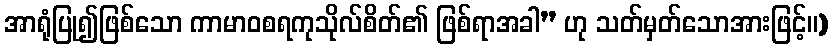
အာရုံပြု၍ဖြစ်သော ကာမာဝစရကုသိုလ်စိတ်၏ ဖြစ်ရာအခါ” ဟု သတ်မှတ်သောအားဖြင့်။)